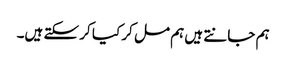
ہم جانتے ہیں ہم مل کر کیا کر سکتے ہیں۔